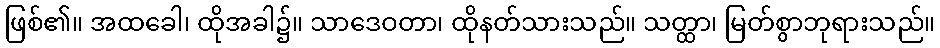
ဖြစ်၏။ အထခေါ၊ ထိုအခါ၌။ သာဒေဝတာ၊ ထိုနတ်သားသည်။ သတ္ထာ၊ မြတ်စွာဘုရားသည်။